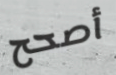
أصحح